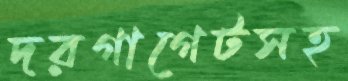
দরগাগেটসহ